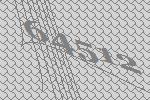
64512